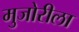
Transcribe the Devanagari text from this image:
मुजोरीला